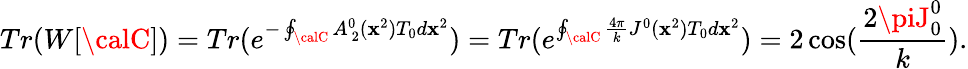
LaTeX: Tr(W[{\calC}])=Tr(e^{-\oint_{\calC}A_{\ 2}^{0}(\mathbf{x}^{2})T_{0}d\mathbf{x}^{2}})=Tr(e^{\oint_{\calC}\frac{{4\pi}}{{k}}J^{0}(\mathbf{x}^{2})T_{0}d\mathbf{x}^{2}})=2\cos({\frac{{2\piJ_{0}^{0}}}{{k}}}).